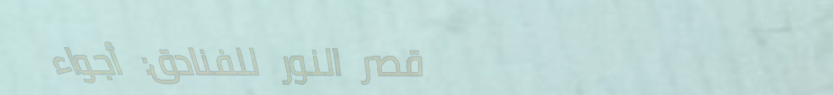
قصر النور للفنادق: أجواء